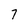
Character: 7